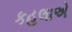
કહલાએ